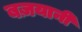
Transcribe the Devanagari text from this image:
बज़यानी